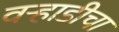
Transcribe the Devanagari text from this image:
वऱ्हाडीचा